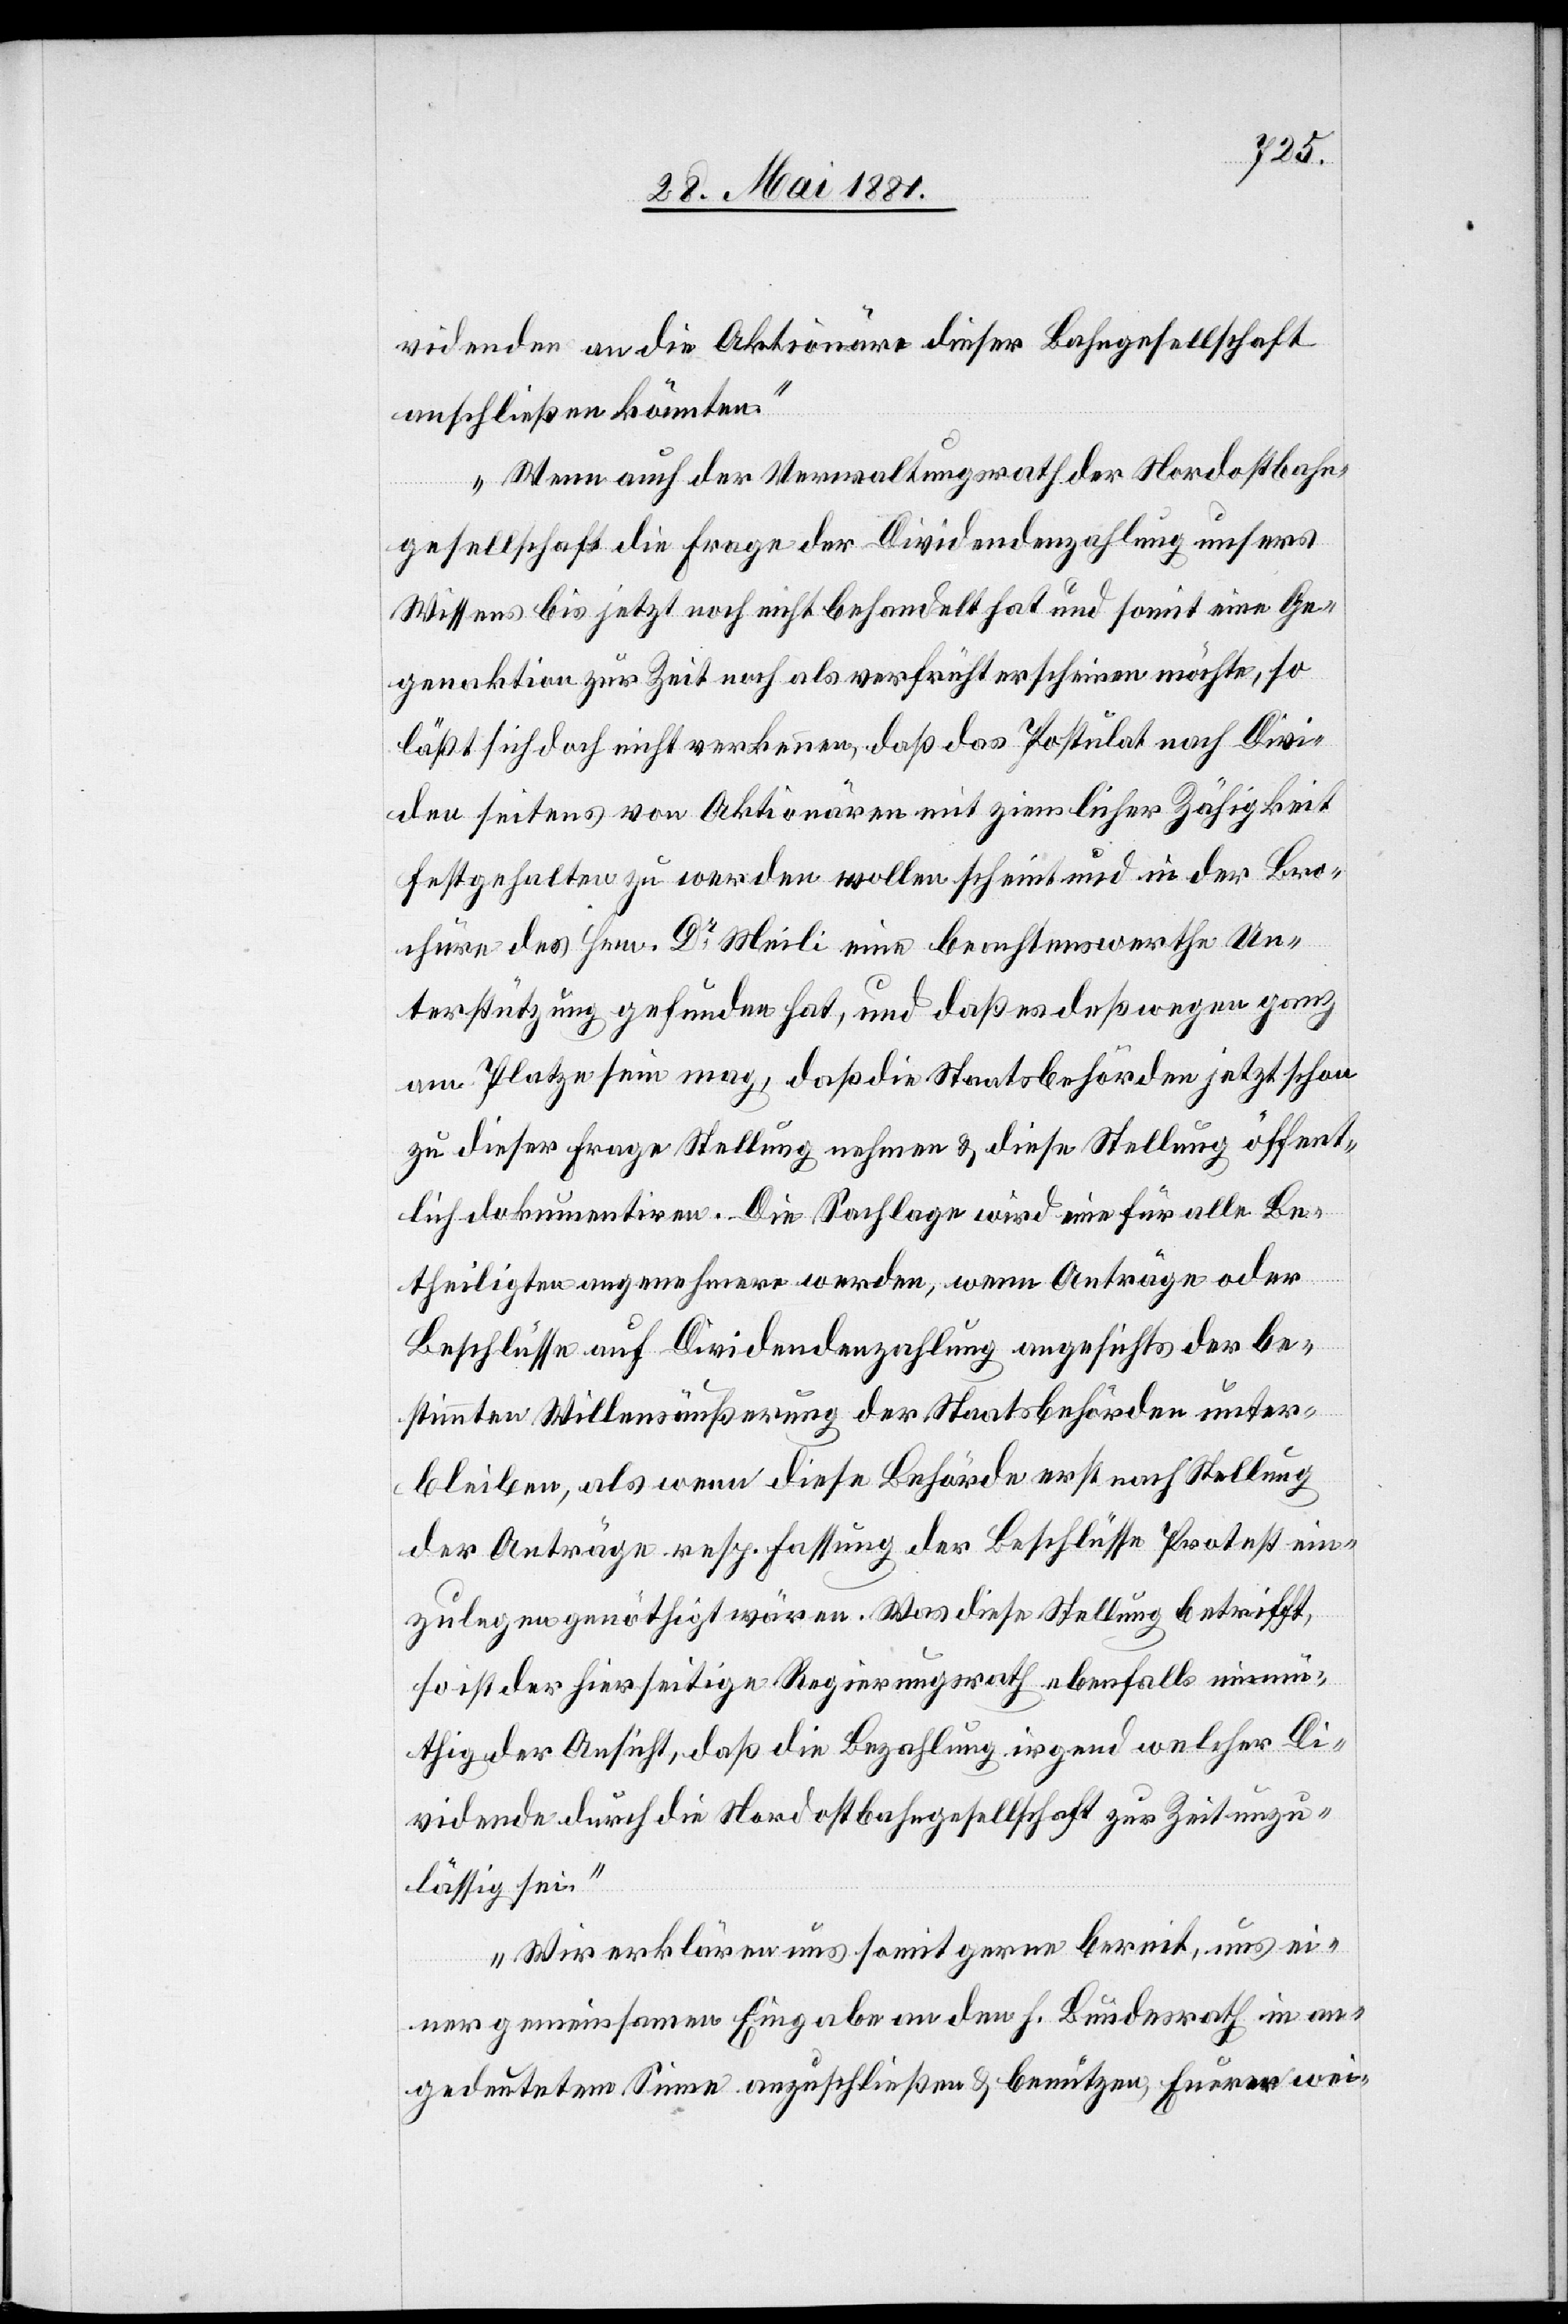
Divide¬
videnden an die Aktionäre dieser Bahngesellschaft
anschließen könnten.
Wenn auch der Verwaltungsrath der Nordostbahn¬
gesellschaft die Frage der Dividendenzahlung unseres
Wissens bis jetzt noch nicht behandelt hat und somit eine Ge¬
genaktion zur Zeit noch als verfrüht erscheinen möchte, so
läßt sich doch nicht verkennen, daß das Postulat nach Dividen
nden] seitens von Aktionären mit ziemlicher Zähigkeit
festgehalten zu werden wollen scheint und in der Bro¬
chure des Hrn. Dr Meili eine beachtenswerthe Un¬
terstützung gefunden hat, und daß es deßwegen ganz
am Platze sein mag, daß die Staatsbehörden jetzt schon
zu dieser Frage Stellung nehmen & diese Stellung öffent¬
lich dokumentiren. Die Sachlage wird eine für alle be¬
theiligten angenehmere werden, wenn Anträge oder
Beschlüsse auf Dividendenzahlung angesichts der be¬
stimmten Willensäußerungen der Staatsbehörden unter¬
bleiben, als wenn diese Behörde erst nach Stellung
der Anträge resp. Fassung der Beschlüsse Protest ein¬
zulegen genöthigt wären. Was diese Stellung betrifft,
so ist der hierseitige Regierungsrath ebenfalls einmü¬
thig der Ansicht, daß die Bezahlung einer irgendwelcher Di¬
vidende durch die Nordostbahngesellschaft zur Zeit unzu¬
lässig sei.
Wir erklären uns somit gerne bereit, uns ei¬
ner gemeinsamen Eingabe an den h. Bundesrath in an¬
gedeutetem Sinne anzuschließen & benutzen Eurer wei-